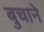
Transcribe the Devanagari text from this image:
बुचाने